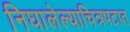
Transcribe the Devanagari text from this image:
निघालेल्याचित्रपटात